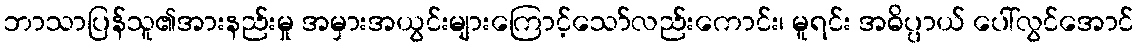
ဘာသာပြန်သူ၏အားနည်းမှု အမှားအယွင်းများကြောင့်သော်လည်းကောင်း၊ မူရင်း အဓိပ္ပာယ် ပေါ်လွင်အောင်